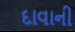
દાવાની